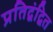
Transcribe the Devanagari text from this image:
प्रतिद्वंद्वित